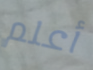
أعلم